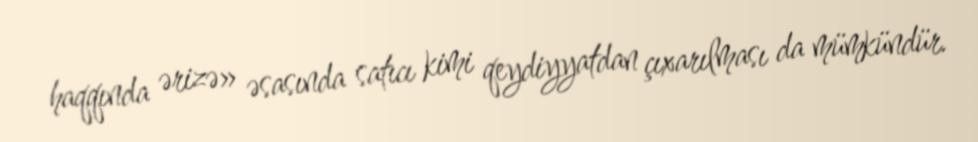
haqqında ərizə» əsasında satıcı kimi qeydiyyatdan çıxarılması da mümkündür.